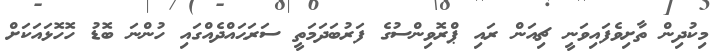
މިކުދިން ތާށިވެފައިވަނީ ޗިއަން ރައި ޕްރޮވިންސުގެ ފަރުބަދަމަތީ ސަރަޙައްދެއްގައި ހުންނަ ބޮޑު ހޮހޮޅައަކަށް